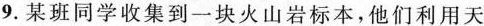
9.某班同学收集到一块火山岩标本，他们利用天